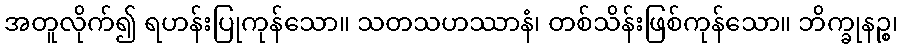
အတူလိုက်၍ ရဟန်းပြုကုန်သော။ သတသဟဿာနံ၊ တစ်သိန်းဖြစ်ကုန်သော။ ဘိက္ခုနဉ္စ၊